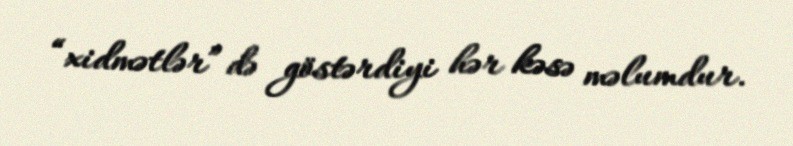
“xidmətlər” də göstərdiyi hər kəsə məlumdur.